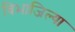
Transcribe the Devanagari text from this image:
विभाजिल्या